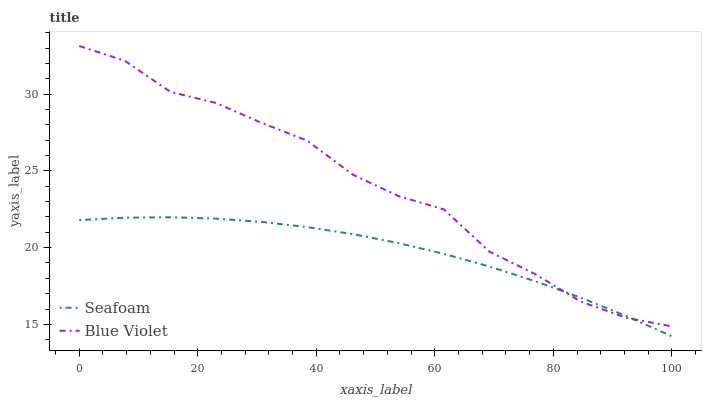
| xaxis_label | Seafoam | Blue Violet |
 | --- | --- | --- |
 | 0 | 21.8 | 33.1 |
 | 7.69 | 21.9 | 32.2 |
 | 15.4 | 22 | 30.1 |
 | 23.1 | 21.9 | 29.4 |
 | 30.8 | 21.7 | 28.1 |
 | 38.5 | 21.3 | 27 |
 | 46.2 | 20.9 | 24.8 |
 | 53.8 | 20.3 | 23.4 |
 | 61.5 | 19.6 | 22.5 |
 | 69.2 | 18.8 | 19.7 |
 | 76.9 | 17.8 | 18.3 |
 | 84.6 | 16.7 | 16.5 |
 | 92.3 | 15.5 | 15.4 |
 | 100 | 14.2 | 14.9 |